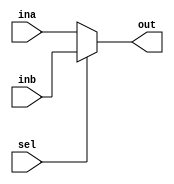
`timescale 1ns / 1ps

module mux2_1(input [31:0] ina, inb,
              input sel,
              output reg [31:0] out);
    always @(*)
    begin
        if (!sel)
            out = ina;
        else
            out = inb;
    end
endmodule